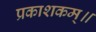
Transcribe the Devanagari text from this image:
प्रकाशकम्॥